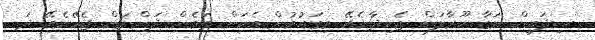
ސިފައިން ނަގާ ހޫރާލަން ޖެހިދާނެއޭ މިގައުމުން އެކަން ތަމެން ދަންނަން ޖެހޭނެއޭ ދަ